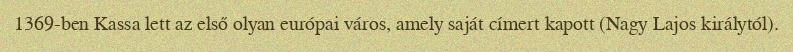
1369-ben Kassa lett az első olyan európai város, amely saját címert kapott (Nagy Lajos királytól).